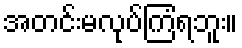
အတင်းမလုပ်ကြံရဘူး။